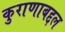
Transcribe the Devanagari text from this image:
कुराणाबद्दल